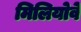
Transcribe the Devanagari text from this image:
मिलियोवे